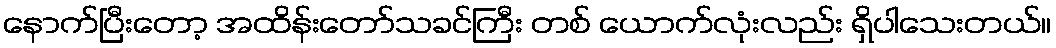
နောက်ပြီးတော့ အထိန်းတော်သခင်ကြီး တစ် ယောက်လုံးလည်း ရှိပါသေးတယ်။